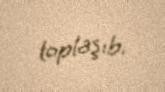
toplaşıb.